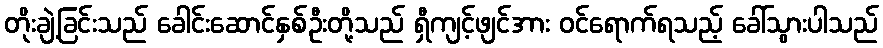
တိုးချဲ့ခြင်းသည် ခေါင်းဆောင်နှစ်ဦးတို့သည် ရှီကျင့်ဖျင်အား ဝင်ရောက်ရသည့် ခေါ်သွားပါသည်